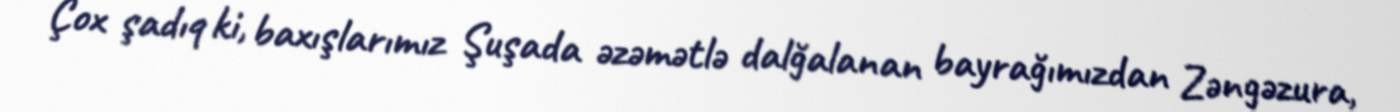
Çox şadıq ki, baxışlarımız Şuşada əzəmətlə dalğalanan bayrağımızdan Zəngəzura,